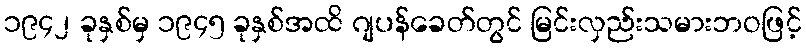
၁၉၄၂ ခုနှစ်မှ ၁၉၄၅ ခုနှစ်အထိ ဂျပန်ခေတ်တွင် မြင်းလှည်းသမားဘဝဖြင့်